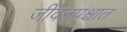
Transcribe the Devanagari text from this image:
जीवनपश्चात